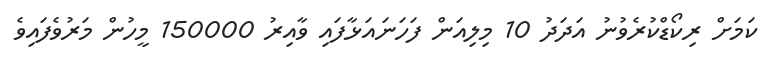
ކަމަށް ރިކޯޑްކުރެވުނު އަދަދު 10 މިލިއަން ފަހަނައަޅާފައި ވާއިރު 150000 މީހުން މަރުވެފައިވެ